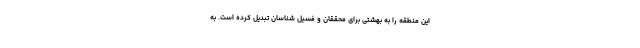
این منطقه را به بهشتی برای محققان و فسیل شناسان تبدیل کرده است. به